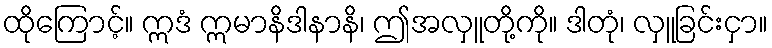
ထိုကြောင့်။ ဣဒံ ဣမာနိဒါနာနိ၊ ဤအလှူတို့ကို။ ဒါတုံ၊ လှူခြင်းငှာ။